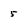
Character: 5